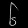
Digit: ၆